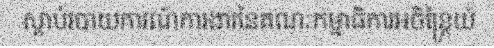
ស្តាប់របាយការណ៍ការងារនៃគណៈកម្មាធិការអចិន្ត្រៃយ៍